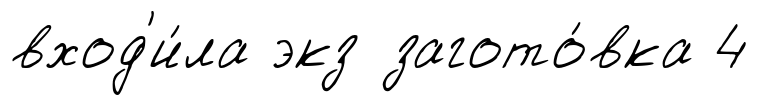
вход'и́ла экз загото́вка 4